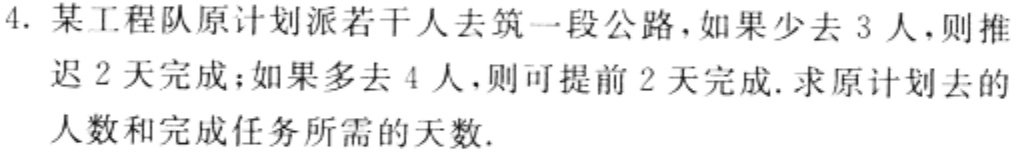
4. 某工程队原计划派若干人去筑一段公路，如果少去 3 人，则推迟 2 天完成；如果多去 4 人，则可提前 2 天完成. 求原计划去的人数和完成任务所需的天数.